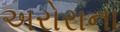
અરોરાના